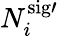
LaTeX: N_{i}^{\mathrm{{sig}\prime}}